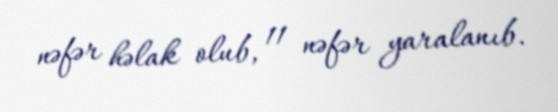
nəfər həlak olub, 11 nəfər yaralanıb.